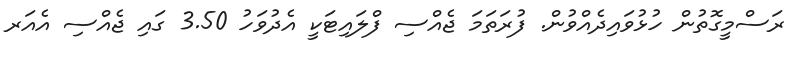
ރަސްމީގޮތުން ހުޅުވައިދެއްވުން. ފުރަތަމަ ޖެއްސި ފްލައިޓަކީ އެދުވަހު 3.50 ގައި ޖެއްސި އެއަރ